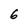
Character: 6